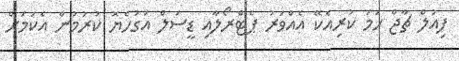
ފިއުލް ޗާޖް ހަމަ ކުރިއެކޭ އެއްވަރު ޕެޓްރޯލާއި ޑީސަލް އަގުހެޔޮ ކުރުމުން އެކަމަށް